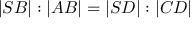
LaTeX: | S B | : | A B | = | S D | : | C D |